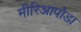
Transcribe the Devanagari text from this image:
मीरिआपोडा